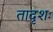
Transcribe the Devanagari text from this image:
तादृशः